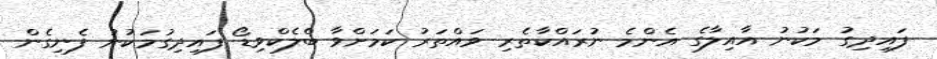
ފައިދިގު މަކުނު އާއިލާގެ އެންމެ ނުރައްކާތެރި ވައްތަރު ކަމަށްވާ ބްލެކްވިޑޯ ފައިދިގުމަކުނު ފެނިގެން